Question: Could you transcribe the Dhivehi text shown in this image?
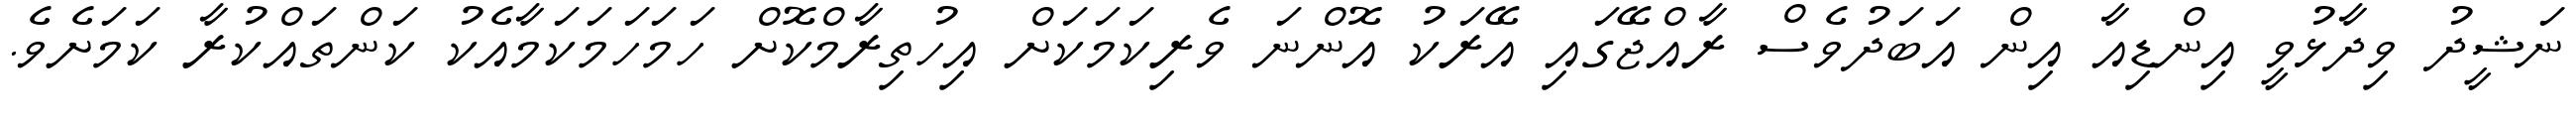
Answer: ނަޝީދު ވިދާޅުވީ އިންޑިއާ އިން އަބަދުވެސް ރާއްޖޭގައި އޭރަކު އޮންނަ ވެރިކަމަކަށް އިހުތިރާމްކޮށް ހަމަހަމަކަމާއެކު ކަންތައްކުރާ ކަމަށެވެ.